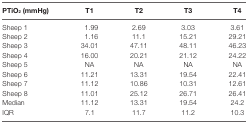
| PTiO2 (mmHg) | T1 | T2 | T3 | T4 |
 | --- | --- | --- | --- | --- |
 | Sheep 1 | 1.99 | 2.69 | 3.03 | 3.61 |
 | Sheep 2 | 1.16 | 11.1 | 15.21 | 29.21 |
 | Sheep 3 | 34.01 | 47.11 | 48.11 | 46.23 |
 | Sheep 4 | 16.00 | 20.21 | 21.12 | 24.22 |
 | Sheep 5 | NA | NA | NA | NA |
 | Sheep 6 | 11.21 | 13.31 | 19.54 | 22.41 |
 | Sheep 7 | 11.12 | 10.86 | 10.31 | 12.61 |
 | Sheep 8 | 11.01 | 25.12 | 26.71 | 26.41 |
 | Median | 11.12 | 13.31 | 19.54 | 24.2 |
 | IQR | 7.1 | 11.7 | 11.2 | 10.3 |